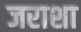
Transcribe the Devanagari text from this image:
जराशा